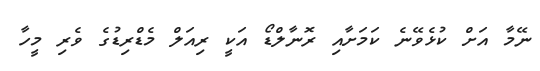
ނޭމާ އަށް ކުޅެވޭނެ ކަމަށާއި ރޮނާލްޑޯ އަކީ ރިއަލް މެޑްރިޑުގެ ވެރި މީހާ